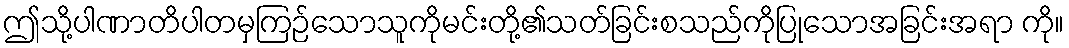
ဤသို့ပါဏာတိပါတမှကြဉ်သောသူကိုမင်းတို့၏သတ်ခြင်းစသည်ကိုပြုသောအခြင်းအရာ ကို။